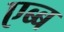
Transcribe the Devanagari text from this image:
एब्ब